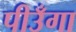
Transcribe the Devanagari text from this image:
पीउँगा